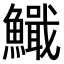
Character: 𫙺